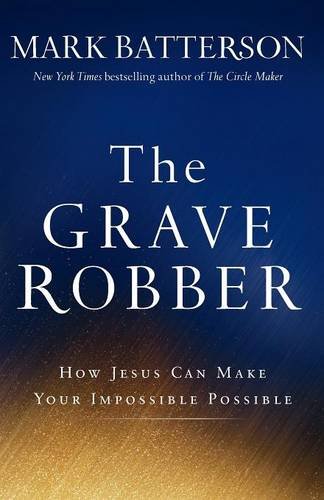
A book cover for The Grave Robber: How Jesus Can Make Your Impossible Possible; Mark Batterson; Christian Books & Bibles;